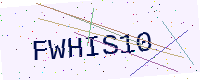
Text: FWHIS10